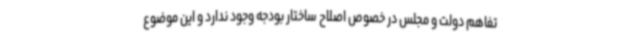
تفاهم دولت و مجلس در خصوص اصلاح ساختار بودجه وجود ندارد و این موضوع